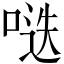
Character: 𱓌